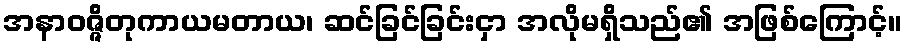
အနာဝဇ္ဇိတုကာယမတာယ၊ ဆင်ခြင်ခြင်းငှာ အလိုမရှိသည်၏ အဖြစ်ကြောင့်။